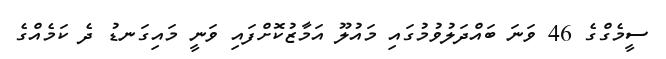
ސީމެގްގެ 46 ވަނަ ބައްދަލުވުމުގައި މައުލޫ އަމާޒުކޮށްފައި ވަނީ މައިގަނޑު ދެ ކަމެއްގެ